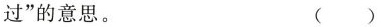
过”的意思。 ()